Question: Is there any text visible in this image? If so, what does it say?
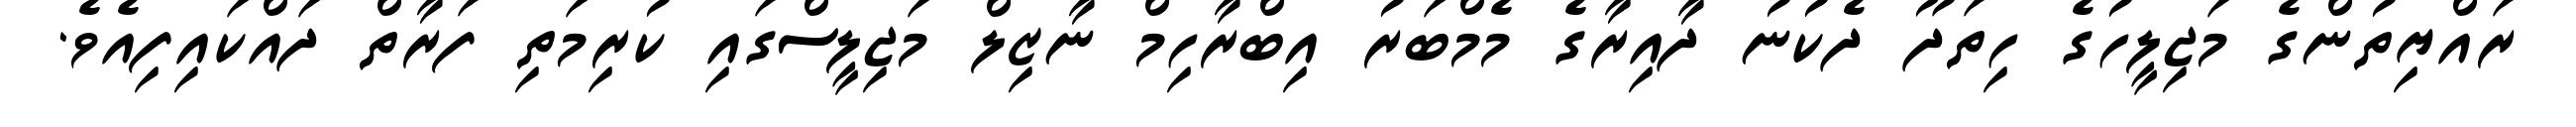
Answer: ރައްޔިތުންގެ މަޖިލީހުގެ ހިތަދޫ ދެކުނު ދާއިރާގެ މެމްބަރު އިބްރާހިމް ނާޒިލް މަޖިލީސްގައި ކުރިމަތި ފަރާތް ދައްކައިފިއެވެ.